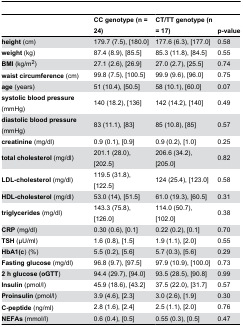
<table><thead><tr><td></td><td><b>CC genotype (n = 24)</b></td><td><b>CT/TT genotype (n = 17)</b></td><td><b>p-value</b></td></tr></thead><tbody><tr><td><b>height</b> (cm)</td><td>179.7 (7.5), [180.0]</td><td>177.6 (6.3), [177.0]</td><td>0.58</td></tr><tr><td><b>weight</b> (kg)</td><td>87.4 (8.9), [85.5]</td><td>85.3 (11.8), [84.5]</td><td>0.55</td></tr><tr><td><b>BMI</b> (kg/m<sup>2</sup>)</td><td>27.1 (2.6), [26.9]</td><td>27.0 (2.7), [25.5]</td><td>0.74</td></tr><tr><td><b>waist circumference</b> (cm)</td><td>99.8 (7.5), [100.5]</td><td>99.9 (9.6), [96.0]</td><td>0.75</td></tr><tr><td><b>age</b> (years)</td><td>51 (10.4), [50.5]</td><td>58 (10.1), [60.0]</td><td>0.07</td></tr><tr><td><b>systolic blood pressure</b> (mmHg)</td><td>140 (18.2), [136]</td><td>142 (14.2), [140]</td><td>0.49</td></tr><tr><td><b>diastolic blood pressure</b> (mmHg)</td><td>83 (11.1), [83]</td><td>85 (10.8), [85]</td><td>0.57</td></tr><tr><td><b>creatinine</b> (mg/dl)</td><td>0.9 (0.1), [0.9]</td><td>0.9 (0.2), [1.0]</td><td>0.25</td></tr><tr><td><b>total cholesterol</b> (mg/dl)</td><td>201.1 (28.0), [202.5]</td><td>206.6 (34.2), [205.0]</td><td>0.82</td></tr><tr><td><b>LDL-cholesterol</b> (mg/dl)</td><td>119.5 (31.8), [122.5]</td><td>124 (25.4), [123.0]</td><td>0.58</td></tr><tr><td><b>HDL-cholesterol</b> (mg/dl)</td><td>53.0 (14), [51.5]</td><td>61.0 (19.3), [60.5]</td><td>0.31</td></tr><tr><td><b>triglycerides</b> (mg/dl)</td><td>143.3 (75.8), [126.0]</td><td>114.0 (50.7), [102.0]</td><td>0.38</td></tr><tr><td><b>CRP</b> (mg/dl)</td><td>0.30 (0.6), [0.1]</td><td>0.22 (0.2), [0.1]</td><td>0.70</td></tr><tr><td><b>TSH</b> (μU/ml)</td><td>1.6 (0.8), [1.5]</td><td>1.9 (1.1), [2.0]</td><td>0.55</td></tr><tr><td><b>HbA1(c</b>) (%)</td><td>5.5 (0.2), [5.6]</td><td>5.7 (0.3), [5.6]</td><td>0.29</td></tr><tr><td><b>Fasting glucose</b> (mg/dl)</td><td>96.8 (9.7), [97.5]</td><td>97.9 (10.9), [100.0]</td><td>0.73</td></tr><tr><td><b>2 h glucose (oGTT</b>)</td><td>94.4 (29.7), [94.0]</td><td>93.5 (28.5), [90.8]</td><td>0.99</td></tr><tr><td><b>Insulin</b> (pmol/l)</td><td>45.9 (18.6), [43.2]</td><td>37.5 (22.0), [31.7]</td><td>0.57</td></tr><tr><td><b>Proinsulin</b> (pmol/l)</td><td>3.9 (4.6), [2.3]</td><td>3.0 (2.6), [1.9]</td><td>0.30</td></tr><tr><td><b>C-peptide</b> (ng/ml)</td><td>2.8 (1.6), [2.4]</td><td>2.5 (1.1), [2.0]</td><td>0.76</td></tr><tr><td><b>NEFAs</b> (mmol/l)</td><td>0.6 (0.4), [0.5]</td><td>0.55 (0.3), [0.5]</td><td>0.47</td></tr></tbody></table>